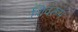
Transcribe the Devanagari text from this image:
शिवरूपं